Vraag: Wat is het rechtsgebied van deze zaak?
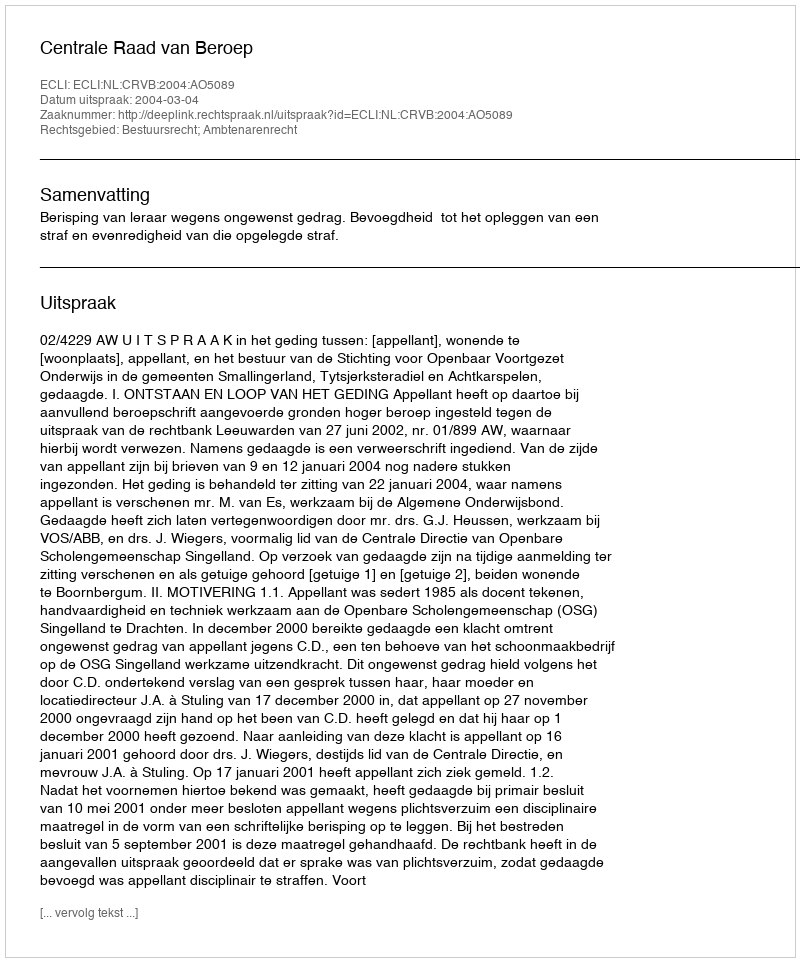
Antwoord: Bestuursrecht; Ambtenarenrecht